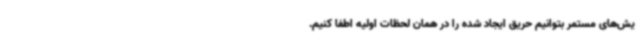
یش‌های مستمر بتوانیم حریق ایجاد شده را در همان لحظات اولیه اطفا کنیم.